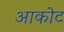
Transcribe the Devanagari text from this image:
आकोट